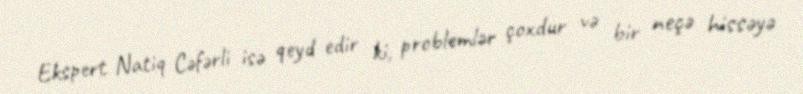
Ekspert Natiq Cəfərli isə qeyd edir ki, problemlər çoxdur və bir neçə hissəyə